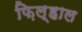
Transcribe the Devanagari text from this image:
फ़िल्हाल